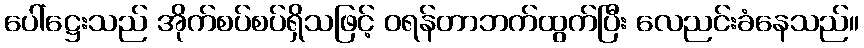
ပေါ်ဋ္ဌေးသည် အိုက်စပ်စပ်ရှိသဖြင့် ဝရန်တာဘက်ထွက်ပြီး လေညင်းခံနေသည်။